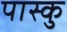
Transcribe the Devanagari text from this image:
पास्कु